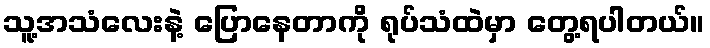
သူ့အသံလေးနဲ့ ပြောနေတာကို ရုပ်သံထဲမှာ တွေ့ရပါတယ်။